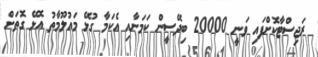
ރަޖިސްޓާކޮށްފައި ވަނީ 20000 ބިދޭސީން ކަމަށާއި އެކަމާ ގުޅޭ މައުލޫމާތު އޮޅޭ ގޮތަށް